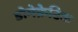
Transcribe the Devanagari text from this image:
डोमेक्रेटिक